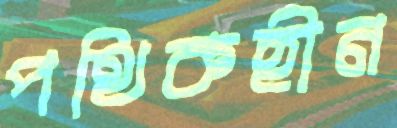
পথিকহীন